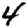
Digit: 4